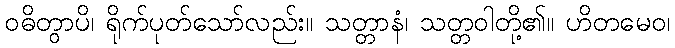
ဝဓိတွာပိ၊ ရိုက်ပုတ်သော်လည်း။ သတ္တာနံ၊ သတ္တဝါတို့၏။ ဟိတမေဝ၊